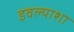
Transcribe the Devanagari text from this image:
इवल्याशा